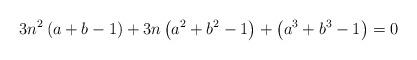
LaTeX: \begin{align*}3n^{2}\left(a+b-1\right)+3n\left(a^{2}+b^{2}-1\right)+\left(a^{3}+b^{3}-1\right)=0\end{align*}